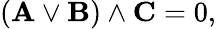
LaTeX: (\mathbf{A}\lor\mathbf{B})\land\mathbf{C}=0,